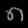
Digit: ၈